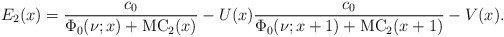
\begin{align*}E_2(x)=\frac{c_0}{\Phi_0(\nu;x)+\mathrm{MC}_2(x)}-U(x)\frac{c_0}{\Phi_0(\nu;x+1)+\mathrm{MC}_2(x+1)}-V(x).\end{align*}